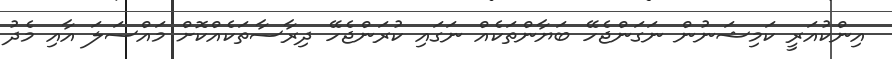
އިންކުއަރީ ކަމިޝަނުން ނަގަންޖެހޭ ބަޔާންތަކެއް ނަގައި ކުރަންޖެހޭ ދިރާސާތަކެއްކޮށް މައްސަލަ އާއި މެދު